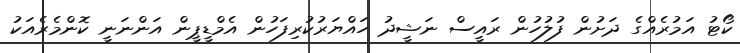
ކޯޓު އަމުރެއްގެ ދަށުން ފުލުހުން ރައީސް ނަޝީދު ހައްޔަރުކުރިފަހުން އެމްޑީޕީން އަންނަނީ ކޮންމެރެއަކު